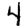
Digit: 4